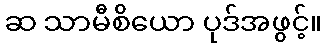
ဆ သာမီစိယော ပုဒ်အဖွင့်။